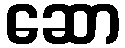
ဆော